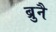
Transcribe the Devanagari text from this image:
ब्रुनै